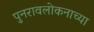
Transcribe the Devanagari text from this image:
पुनरावलोकनाच्या